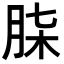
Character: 𮌒